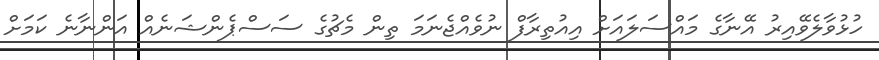
ހުޅުވާލެވޭއިރު އޭނާގެ މައްސަލައަށް އިއުތިރާފް ނުވެއްޖެނަމަ ތިން މެޗުގެ ސަސްޕެންޝަނެއް އަންނާނެ ކަމަށް